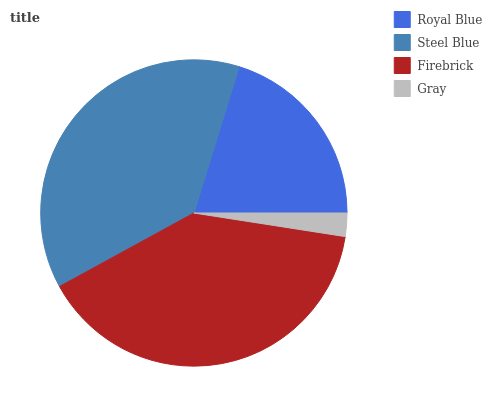
| Royal Blue | Steel Blue | Firebrick | Gray |
 | --- | --- | --- | --- |
 | 20.2% | 37.7% | 39.6% | 2.47% |